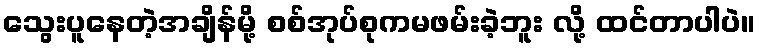
သွေးပူနေတဲ့အချိန်မို့ စစ်အုပ်စုကမဖမ်းခဲ့ဘူး လို့ ထင်တာပါပဲ။